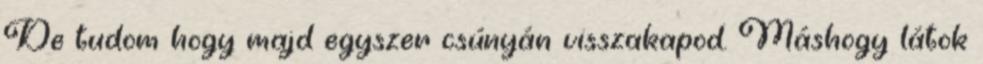
De tudom hogy majd egyszer csúnyán visszakapod. Máshogy látok